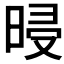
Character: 𣆲